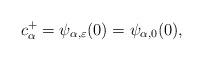
LaTeX: \begin{align*} c_{\alpha}^+ = \psi_{\alpha,\varepsilon}(0)=\psi_{\alpha,0}(0),\end{align*}